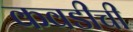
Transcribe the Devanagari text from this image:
कवडीची